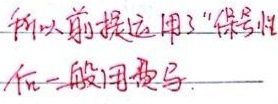
所以前提运用了“保号性”后一般用费马。